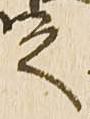
之